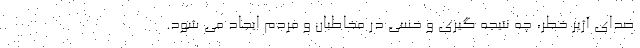
صدای آژیر خطر، چه نتیجه گیری و حسی در مخاطبان و مردم ایجاد می شود.